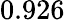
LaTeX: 0.926